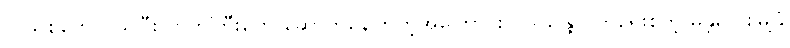
လူသစ်တွေ ဝယ်ပြီး တိုက်ကြီးတွေ ဆောက်နေကြတဲ့အကြောင်း ဝသုန္ဒြေလက်ရေးစတဲ့ မန္တလေးမြို့ခံ